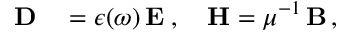
\begin{array} { r l } { { \bf { D } } } & { { } = \epsilon ( \omega ) \, { \bf { E } } \; , \quad { \bf { H } } = \mu ^ { - 1 } \, { \bf { B } } \, , } \end{array}